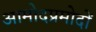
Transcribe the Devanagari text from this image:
आमोदप्रमोदों